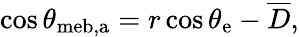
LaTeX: \cos\theta_{\mathrm{{meb,a}}}=r\cos\theta_{\mathrm{{e}}}-\overline{{D}},